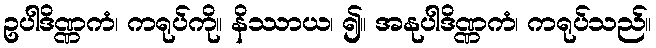
ဥပါဒိဏ္ဏကံ၊ ကရုပ်ကို။ နိဿာယ၊ ၍။ အနုပါဒိဏ္ဏကံ၊ ကရုပ်သည်။